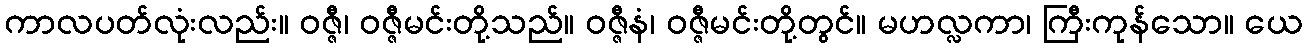
ကာလပတ်လုံးလည်း။ ဝဇ္ဇီ၊ ဝဇ္ဇီမင်းတို့သည်။ ဝဇ္ဇီနံ၊ ဝဇ္ဇီမင်းတို့တွင်။ မဟလ္လကာ၊ ကြီးကုန်သော။ ယေ